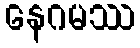
နေဂမဿ